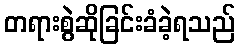
တရားစွဲဆိုခြင်းခံခဲ့ရသည်